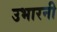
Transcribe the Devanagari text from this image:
उभारनी